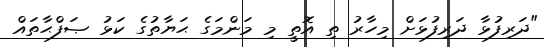
"ދަރިފުޅާ ދަރިފުޅަށް މިހާރު ތި އޮތީ މި މަންމަގެ ޙަޔާތުގެ ކަޅު ޞަފްޙާތައް